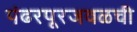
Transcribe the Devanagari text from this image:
पंढरपूरजवळची